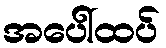
အပေါ်ထပ်